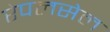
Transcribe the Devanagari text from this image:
रेपलसेल